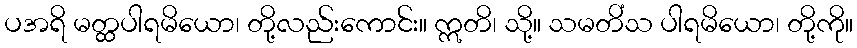
ပအရိ မတ္ထပါရမိယော၊ တို့လည်းကောင်း။ ဣတိ၊ သို့။ သမတိံသ ပါရမိယော၊ တို့ကို။